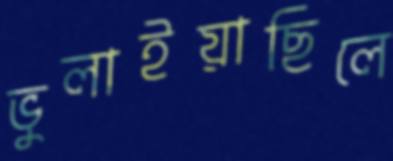
ভুলাইয়াছিলে